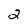
Character: 2